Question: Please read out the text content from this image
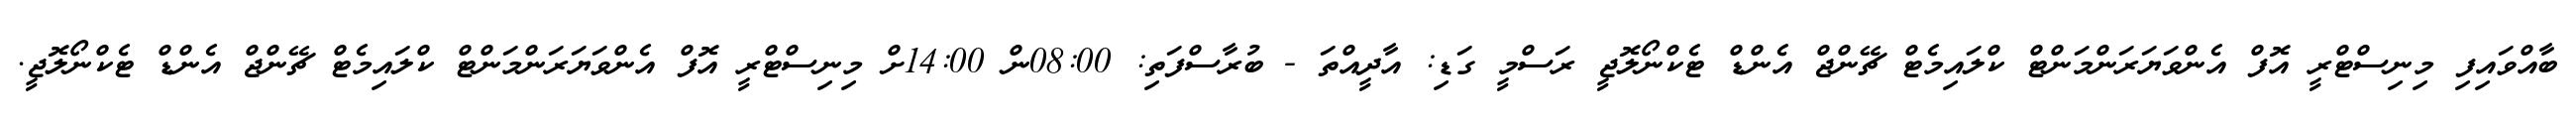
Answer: ބާއްވައިފި މިނިސްޓްރީ އޮފް އެންވަޔަރަންމަންޓް ކްލައިމެޓް ޗޭންޖް އެންޑް ޓެކްނޯލޮޖީ ރަސްމީ ގަޑި: އާދީއްތަ - ބުރާސްފަތި: 08:00ން 14:00ށް މިނިސްޓްރީ އޮފް އެންވަޔަރަންމަންޓް ކްލައިމެޓް ޗޭންޖް އެންޑް ޓެކްނޯލޮޖީ.